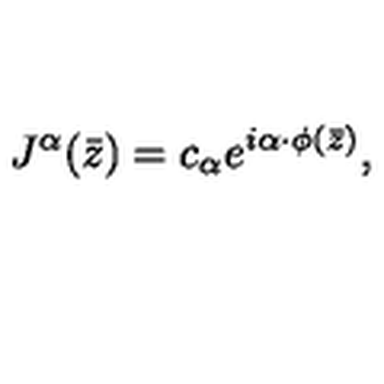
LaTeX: J ^ { \alpha } ( \bar { z } ) = c _ { \alpha } e ^ { i \alpha \cdot \phi ( \bar { z } ) } ,